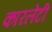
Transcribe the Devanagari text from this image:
कारलेटी